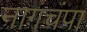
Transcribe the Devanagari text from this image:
नागचंपा